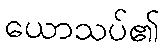
ယောသပ်၏